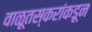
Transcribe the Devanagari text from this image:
वाळूतस्करांकडून